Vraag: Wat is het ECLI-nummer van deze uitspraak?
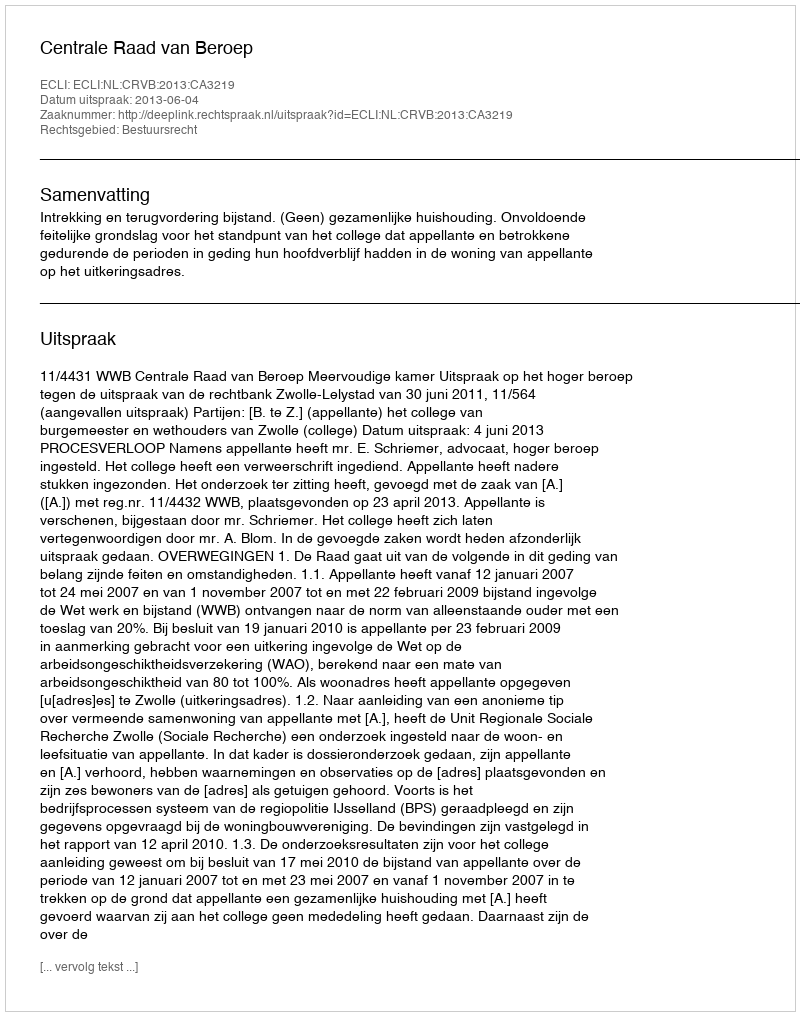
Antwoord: ECLI:NL:CRVB:2013:CA3219